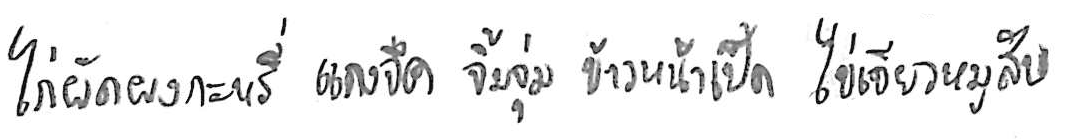
ไก่ผัดผงกะหรี่ แกงจืด จิ้มจุ่ม ข้าวหน้าเป็ด ไข่เจียวหมูสับ